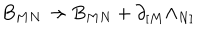
B _ { M N } \rightarrow B _ { M N } + \partial _ { [ M } \Lambda _ { N ] }